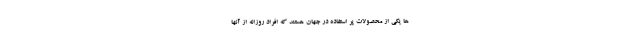
ها یکی از محصولات پر استفاده در جهان هستند که افراد روزانه از آنها